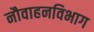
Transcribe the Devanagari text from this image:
नौवाहनविभाग